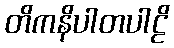
တိကနိပါတပါဠိ